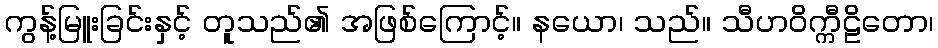
ကွန့်မြူးခြင်းနှင့် တူသည်၏ အဖြစ်ကြောင့်။ နယော၊ သည်။ သီဟဝိက္ကီဠိတော၊